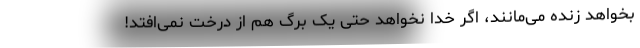
بخواهد زنده می‌مانند، اگر خدا نخواهد حتی یک برگ هم از درخت نمی‌افتد!